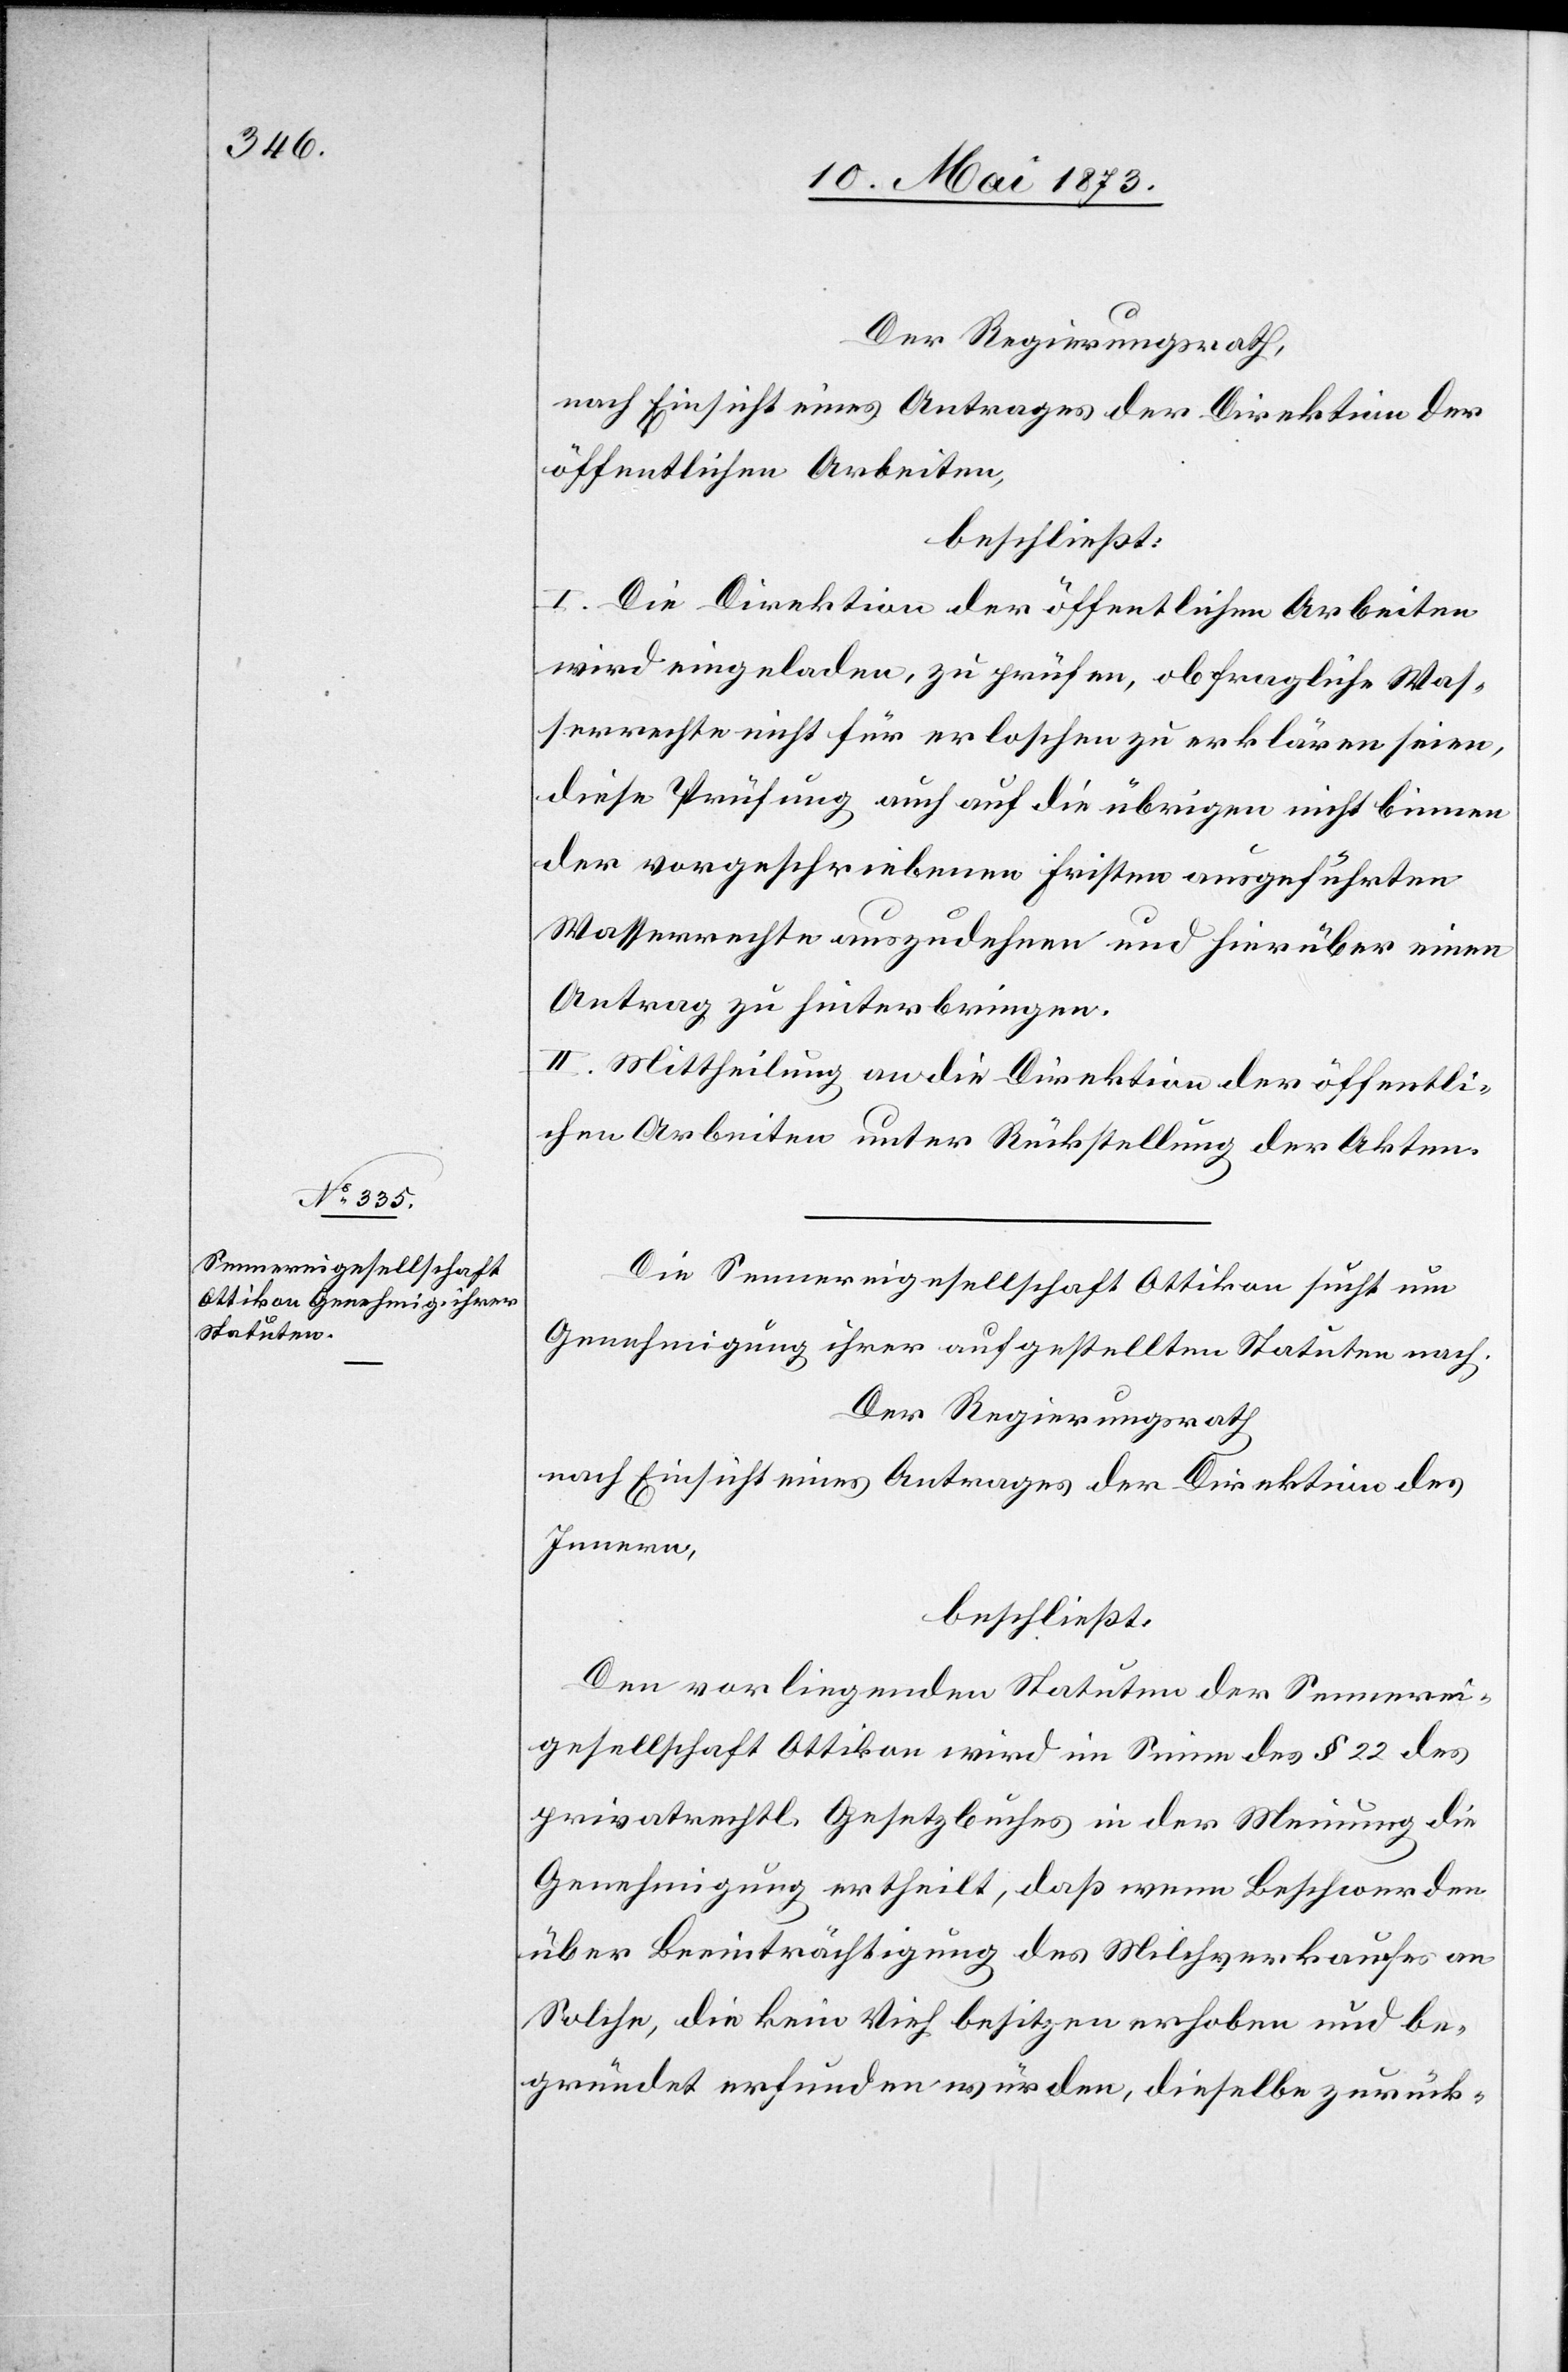
Der Regierungsrath,
nach Einsicht eines Antrages der Direktion der
öffentlichen Arbeiten,
beschließt:
I. Die Direktion der öffentlichen Arbeiten
wird eingeladen, zu prüfen, ob fragliche Was¬
serrechte nicht für erloschen zu erklären seien,
diese Prüfung auch auf die übrigen nicht binnen
der vorgeschriebenen Fristen ausgeführten
Wasserrechte auszudehnen und hierüber einen
Antrag zu hinterbringen.
II. Mittheilung an die Direktion der öffentli¬
chen Arbeiten unter Rückstellung der Akten.
Die Sennereigesellschaft Ottikon sucht um
Genehmigung ihrer aufgestellten Statuten nach.
Der Regierungsrath
nach Einsicht eines Antrages der Direktion des
Innern,
beschließt:
Den vorliegenden Statuten der Sennerei¬
gesellschaft Ottikon wird im Sinne des § 22 des
privatrechtl. Gesetzbuches in der Meinung die
Genehmigung ertheilt, daß wenn Beschwerden
über Beeinträchtigung des Milchverkaufes an
Solche, die kein Vieh besitzen erhoben und be¬
gründet erfunden würden, dieselbe zurück-